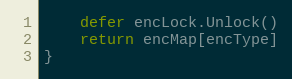
Language: Go
	defer encLock.Unlock()
	return encMap[encType]
}